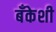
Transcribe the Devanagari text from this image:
बँकेशी